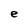
Character: e